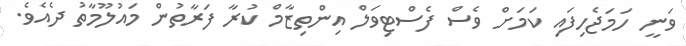
ވަނީ ހަމަޖެހިފައި ކަމަށް ވެސް ފެސްޓިވަލް އިންތިޒާމް ކުރާ ފަރާތުން މައުލޫމާތު ދެއެވެ.